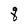
Character: q